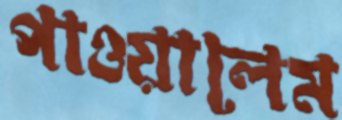
পাওয়ালেম